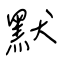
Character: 默